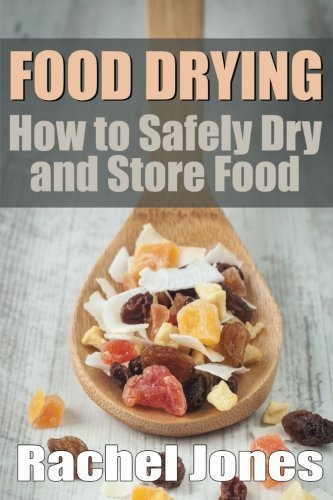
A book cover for Food Drying: How to Safely Dry and Store Food (Food Preservation) (Volume 1); Rachel Jones; Cookbooks, Food & Wine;